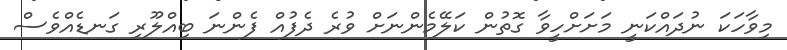
މިވާހަކަ ނުދައްކަނީ މަށަށްހީވާ ގޮތުން ކަލޭމެންނަށް ވުރެ ދެފުއް ފެންނަ ބިއްލޫރި ގަނޑެއްވެސް